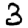
Digit: 3